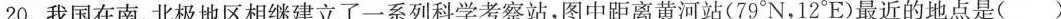
20.我国在南、北极地区相继建立了一系列科学考察站，图中距离黄河站(79°N，12°E)最近的地点是( )